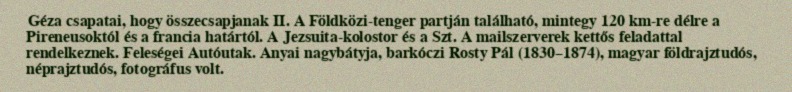
Géza csapatai, hogy összecsapjanak II. A Földközi-tenger partján található, mintegy 120 km-re délre a Pireneusoktól és a francia határtól. A Jezsuita-kolostor és a Szt. A mailszerverek kettős feladattal rendelkeznek. Feleségei Autóutak. Anyai nagybátyja, barkóczi Rosty Pál (1830–1874), magyar földrajztudós, néprajztudós, fotográfus volt.